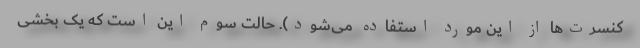
کنسرت‌ها از این مورد استفاده می‌شود). حالت سوم این است که یک بخشی